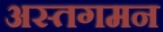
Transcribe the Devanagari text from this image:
अस्तगमन